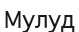
Мулуд